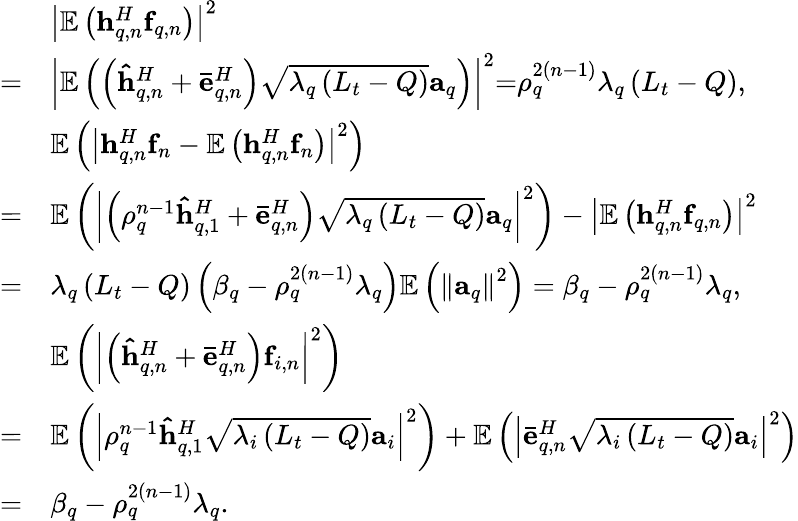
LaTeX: \begin{array}{rl}&{{\left|{{\mathbb E}\left({{\mathbf{h}}_{q,n}^{H}{{\mathbf{f}}_{q,n}}}\right)}\right|^{2}}}\\ {=}&{{\left|{{\mathbb E}\left({\left({{\mathbf{\hat{h}}}_{q,n}^{H}+{\mathbf{\bar{e}}}_{q,n}^{H}}\right)\sqrt{{\lambda_{q}}\left({{L_{t}}-Q}\right)}{{\mathbf{a}}_{q}}}\right)}\right|^{2}}\mathrm{{=}}{\rho_{q}^{2\left({n-1}\right)}}{\lambda_{q}}\left({{L_{t}}-Q}\right),}\\ &{{\mathbb E}\left({{{\left|{{\mathbf{h}}_{q,n}^{H}{{\mathbf{f}}_{n}}-{\mathbb E}\left({{\mathbf{h}}_{q,n}^{H}{{\mathbf{f}}_{n}}}\right)}\right|}^{2}}}\right)}\\ {=}&{{\mathbb E}\left({{{\left|{\left({{\rho_{q}^{n-1}}{\mathbf{\hat{h}}}_{q,1}^{H}+{\mathbf{\bar{e}}}_{q,n}^{H}}\right)\sqrt{{\lambda_{q}}\left({{L_{t}}-Q}\right)}{{\mathbf{a}}_{q}}}\right|}^{2}}}\right)-{\left|{{\mathbb E}\left({{\mathbf{h}}_{q,n}^{H}{{\mathbf{f}}_{q,n}}}\right)}\right|^{2}}}\\ {=}&{{\lambda_{q}}\left({{L_{t}}-Q}\right)\left({{\beta_{q}}-{\rho_{q}^{2\left({n-1}\right)}}{\lambda_{q}}}\right){\mathbb E}\left({{{\left\| {{{\mathbf{a}}_{q}}}\right\| }^{2}}}\right)={{\beta_{q}}-{\rho_{q}^{2\left({n-1}\right)}}{\lambda_{q}}},}\\ &{{\mathbb E}\left({{{\left|{\left({{\mathbf{\hat{h}}}_{q,n}^{H}+{\mathbf{\bar{e}}}_{q,n}^{H}}\right){{\mathbf{f}}_{i,n}}}\right|}^{2}}}\right)}\\ {=}&{{\mathbb E}\left({{{\left|{{\rho_{q}^{n-1}}{\mathbf{\hat{h}}}_{q,1}^{H}\sqrt{{\lambda_{i}}\left({{L_{t}}-Q}\right)}{{\mathbf{a}}_{i}}}\right|}^{2}}}\right)+{\mathbb E}\left({{{\left|{{\mathbf{\bar{e}}}_{q,n}^{H}\sqrt{{\lambda_{i}}\left({{L_{t}}-Q}\right)}{{\mathbf{a}}_{i}}}\right|}^{2}}}\right)}\\ {=}&{{{\beta_{q}}-{\rho_{q}^{2\left({n-1}\right)}}{\lambda_{q}}}.}\end{array}